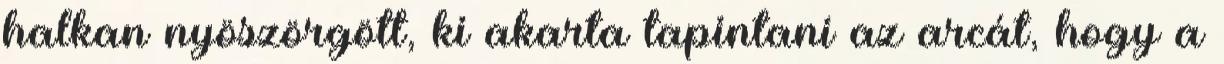
halkan nyöszörgött, ki akarta tapintani az arcát, hogy a